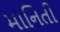
માનિતી